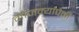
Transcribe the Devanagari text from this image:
मोजक्यांपैकी